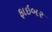
ફાઇબર